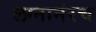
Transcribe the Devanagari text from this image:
लग्नानंरच